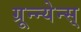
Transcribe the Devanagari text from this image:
ग्रून्न्येन्स्